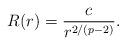
LaTeX: \begin{align*}R(r)=\frac{c}{r^{2/(p-2)}}.\end{align*}